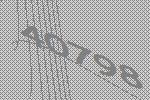
40798